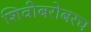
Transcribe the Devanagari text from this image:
शिवीबरोबरच